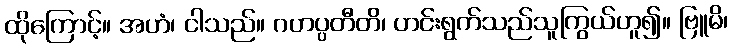
ထိုကြောင့်။ အဟံ၊ ငါသည်။ ဂဟပ္ပတီတိ၊ ဟင်းရွက်သည်သူကြွယ်ဟူ၍။ ဗြူမိ၊